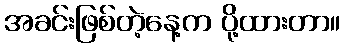
အခင်းဖြစ်တဲ့နေ့က ပို့ထားတာ။